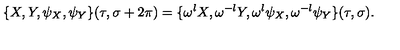
\{ X , Y , \psi _ { X } , \psi _ { Y } \} ( \tau , \sigma + 2 \pi ) = \{ \omega ^ { l } X , \omega ^ { - l } Y , \omega ^ { l } \psi _ { X } , \omega ^ { - l } \psi _ { Y } \} ( \tau , \sigma ) .